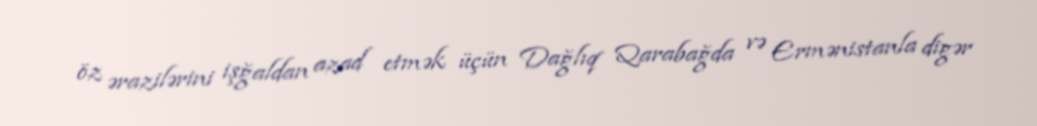
öz ərazilərini işğaldan azad etmək üçün Dağlıq Qarabağda və Ermənistanla digər